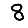
Digit: 8